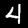
Label: 4